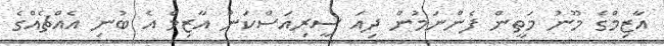
އާޒިމްގެ މޫނު މަތީން ފެންނަމުން ދިއަ ސީރިއަސްކަން އާޒިމް އެ ބުނި އެއްޗެއްގެ